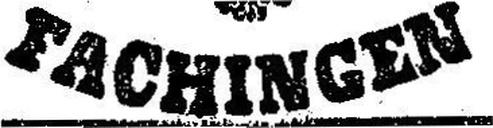
Fachingen